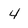
Character: 4